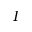
\boldsymbol { I }